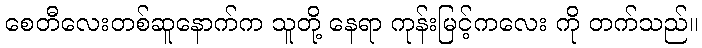
စေတီလေးတစ်ဆူနောက်က သူတို့ နေရာ ကုန်းမြင့်ကလေး ကို တက်သည်။